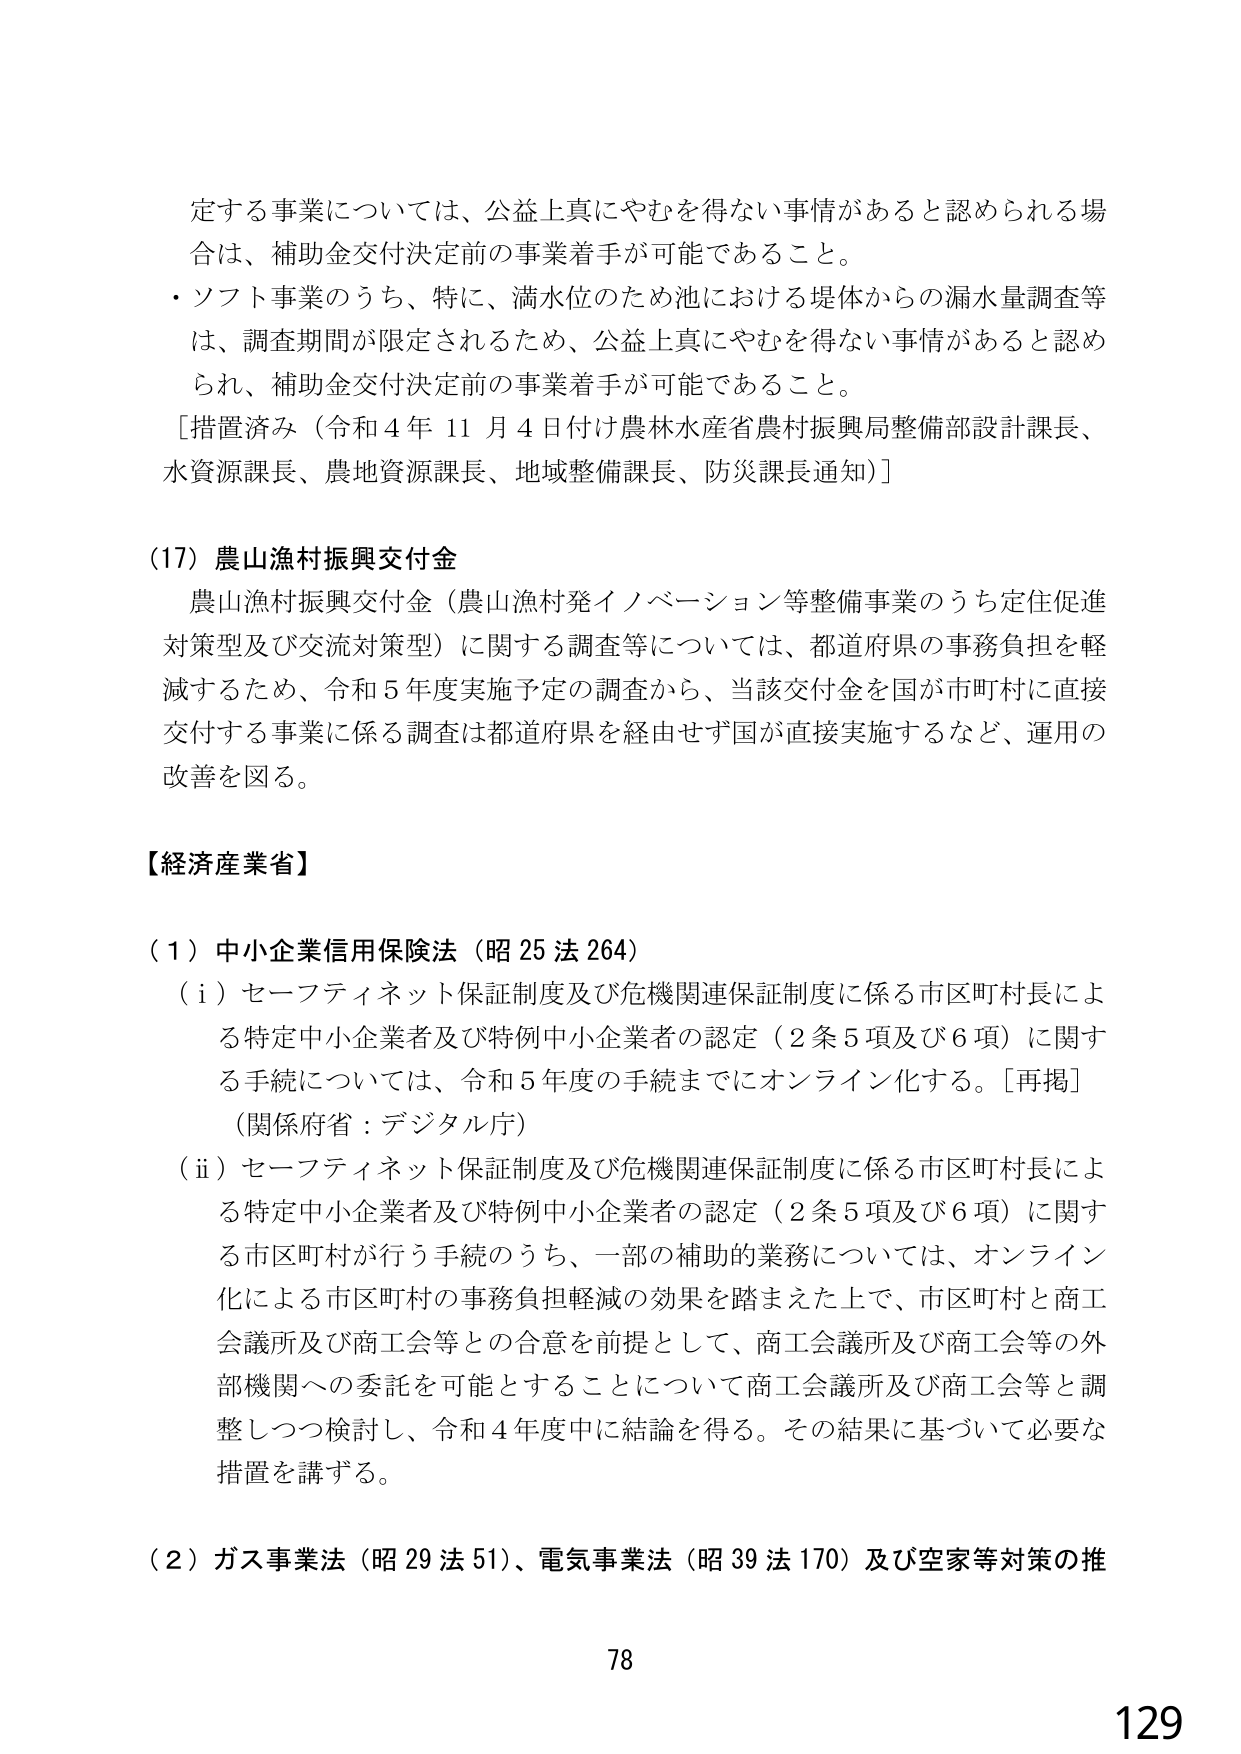
定する事業については、公益上真にやむを得ない事情があると認められる場合は、補助金交付決定前の事業着手が可能であること。

・ソフト事業のうち、特に、満水位のため池における堤体からの漏水量調査等は、調査期間が限定されるため、公益上真にやむを得ない事情があると認められ、補助金交付決定前の事業着手が可能であること。

［措置済み（令和４年１１月４日付け農林水産省農村振興局整備部設計課長、水資源課長、農地資源課長、地域整備課長、防災課長通知）］

（17）農山漁村振興交付金

　農山漁村振興交付金（農山漁村発イノベーション等整備事業のうち定住促進対策型及び交流対策型）に関する調査等については、都道府県の事務負担を軽減するため、令和５年度実施予定の調査から、当該交付金を国が市町村に直接交付する事業に係る調査は都道府県を経由せず国が直接実施するなど、運用の改善を図る。

【経済産業省】

（１）中小企業信用保険法（昭25法264）

　（ⅰ）セーフティネット保証制度及び危機関連保証制度に係る市区町村長による特定中小企業者及び特例中小企業者の認定（2条5項及び6項）に関する手続については、令和5年度の手続までにオンライン化する。［再掲］

　（関係府省：デジタル庁）

　（ⅱ）セーフティネット保証制度及び危機関連保証制度に係る市区町村長による特定中小企業者及び特例中小企業者の認定（2条5項及び6項）に関する市区町村が行う手続のうち、一部の補助的業務については、オンライン化による市区町村の事務負担軽減の効果を踏まえた上で、市区町村と商工会議所及び商工会等との合意を前提として、商工会議所及び商工会等の外部機関への委託を可能とすることについて商工会議所及び商工会等と調整しつつ検討し、令和4年度中に結論を得る。その結果に基づいて必要な措置を講ずる。

（２）ガス事業法（昭29法51）、電気事業法（昭39法170）及び空家等対策の推

78
129